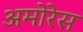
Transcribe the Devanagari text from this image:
अमोरेस